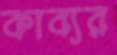
কাব্যর